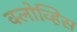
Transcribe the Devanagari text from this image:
क्लोव्हिस